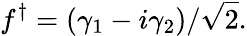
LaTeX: f^{\dagger}=(\gamma_{1}-i\gamma_{2})/{\sqrt{2}}.